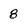
Character: 8